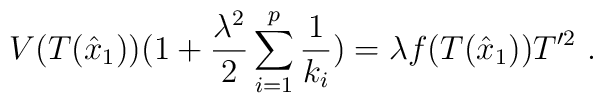
V(T(\hat{x}_1))(1+\frac{\lambda^2}{2}\sum_{i=1}^p\frac{1}{k_i})=\lambda f(T(\hat{x}_1)) T'^2 \ .